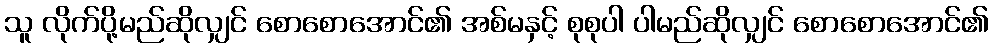
သူ လိုက်ပို့မည်ဆိုလျှင် စောစောအောင်၏ အစ်မနှင့် စုစုပါ ပါမည်ဆိုလျှင် စောစောအောင်၏